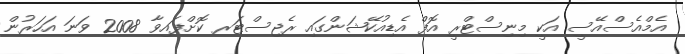
އެމްއެސްއޭސީ އަކީ މިނިސްޓްރީ އޮފް އެޑިއުކޭޝަންގައި ރެޖިސްޓަރ ކޮށްފައިވާ 2008 ވަނަ އަހަރުން